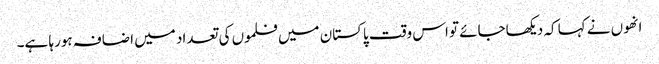
انھوں نے کہا کہ دیکھاجائے تو اس وقت پاکستان میں فلموں کی تعداد میں اضافہ ہورہا ہے۔